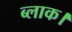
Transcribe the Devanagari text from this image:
ब्‍लाक।